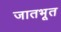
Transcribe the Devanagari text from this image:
जातभूत